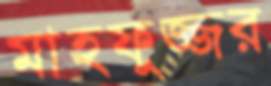
মাহফুজ্জর